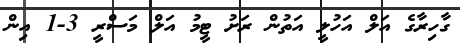
ގާހިރާގެ އަލް އަހުލީ އަތުން ރަށު ޓީމު އަލް މަސްރީ 3-1 އިން